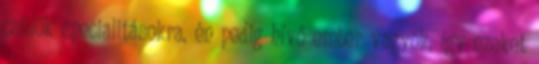
csülök specialitásokra, én pedig hívő ember vagyok, így ezeket